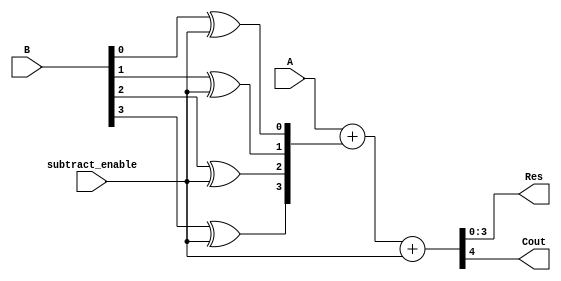
module Module_Adder_Subtractor(
    input [3:0] A,
    input [3:0] B,
    input subtract_enable,
    output [3:0] Res,
    output Cout
    );
//Hold values after bitwise NOT
wire [3:0] B1;

//Perform bitwise NOT in case subtract_enable is HIGH	
xor(B1[0],B[0],subtract_enable);
xor(B1[1],B[1],subtract_enable);
xor(B1[2],B[2],subtract_enable);
xor(B1[3],B[3],subtract_enable);

//Perform ripple-carry addition	
assign {Cout,Res} = A + B1 + subtract_enable;
 

endmodule